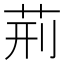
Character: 荊